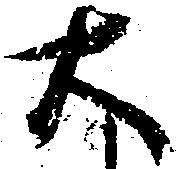
大